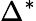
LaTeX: \Delta^{*}